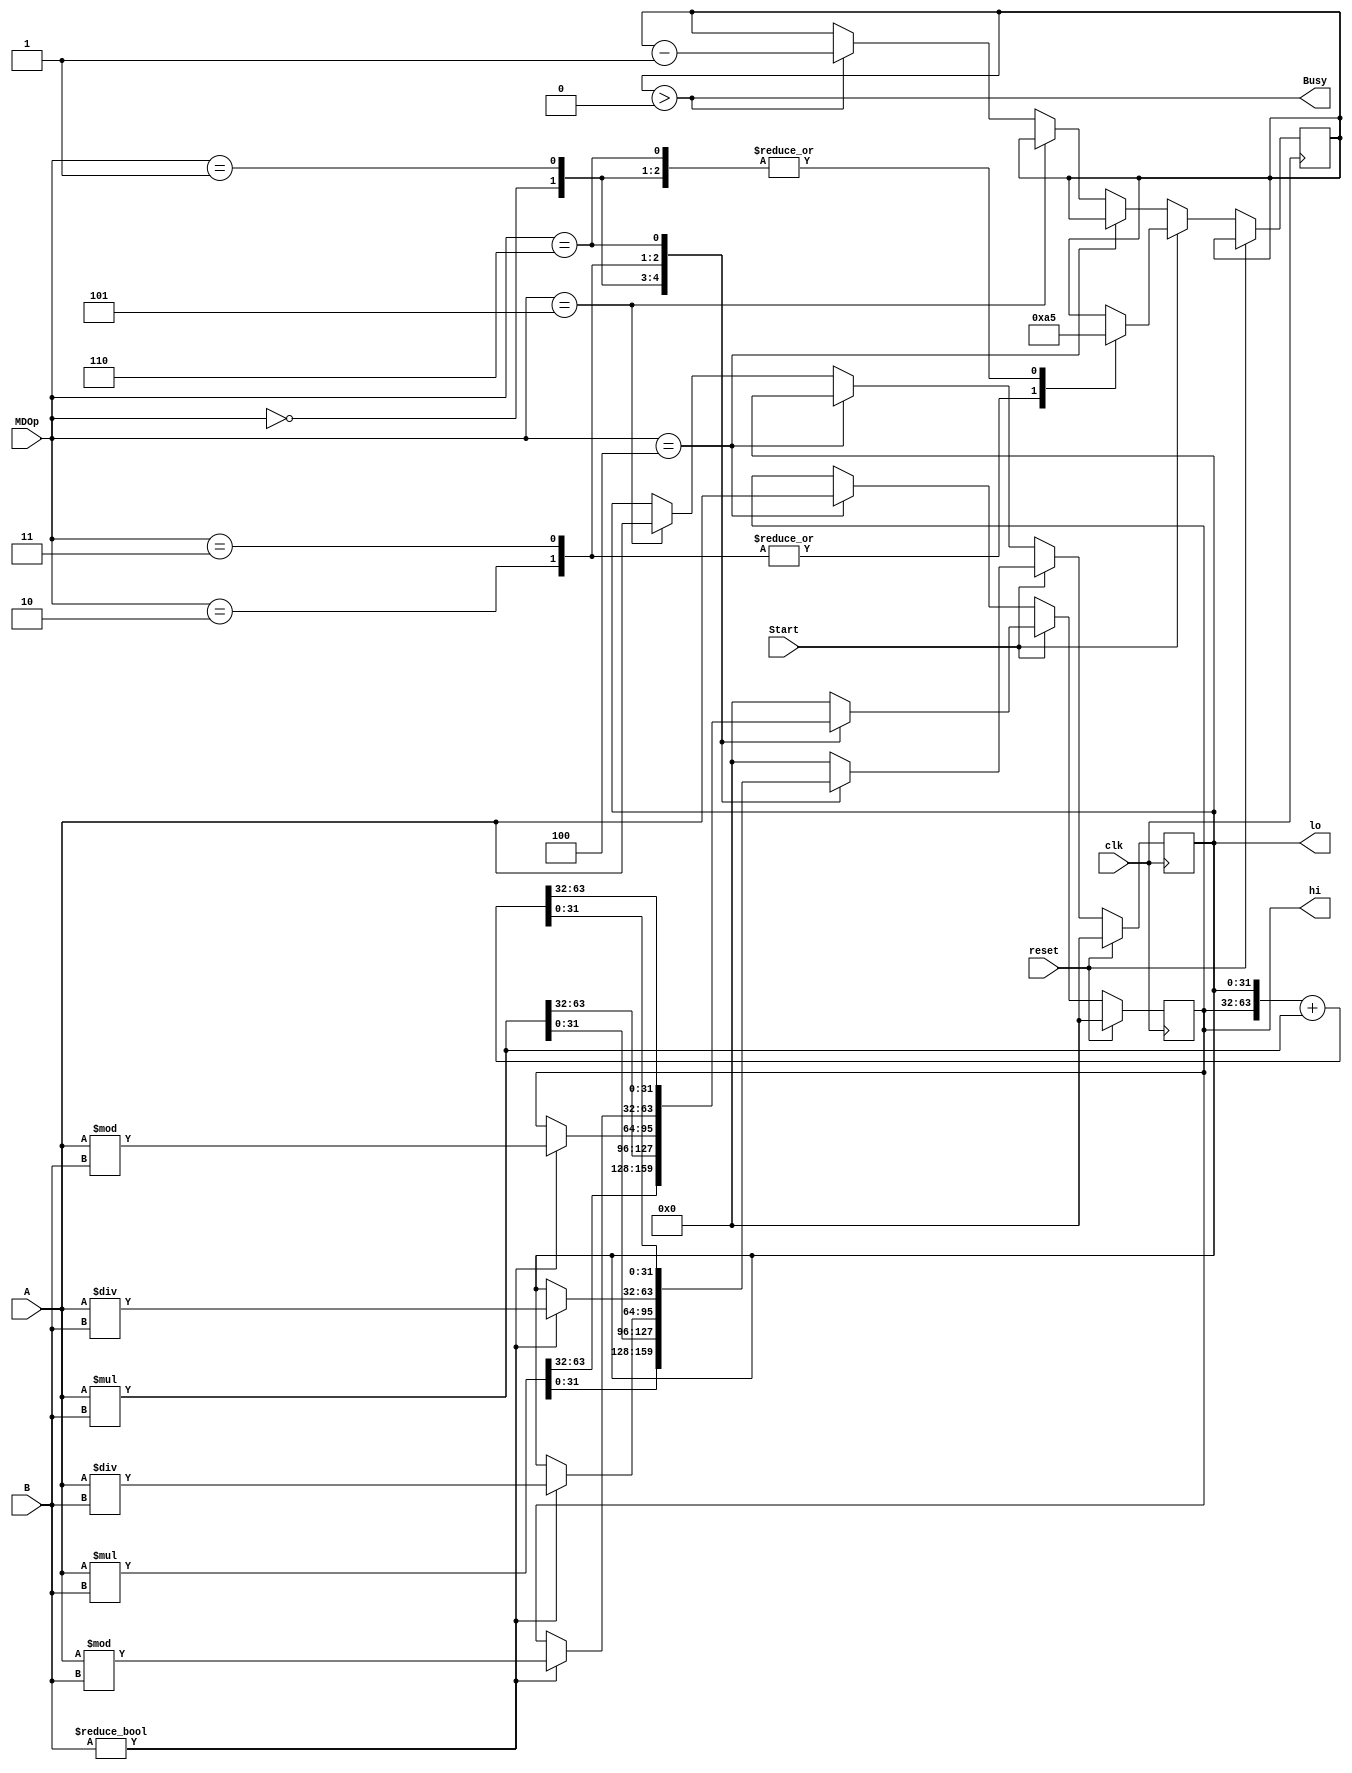
`timescale 1ns / 1ps
//////////////////////////////////////////////////////////////////////////////////
// Company: 
// Engineer: 
// 
// Design Name: 
// Module Name:    mdpart 
// Project Name: 
// Target Devices: 
// Tool versions: 
// Description: 
//
// Dependencies: 
//
// Revision: 
// Revision 0.01 - File Created
// Additional Comments: 
//
//////////////////////////////////////////////////////////////////////////////////
module mdpart(
	 input clk,
	 input reset,
	 input [31:0] A,
	 input [31:0] B,
	 input Start,
	 input [2:0] MDOp,
	 output Busy,
	 output reg [31:0] hi,
	 output reg [31:0] lo
    );
	 
	 reg [3:0] state;
	 
	 initial begin
		hi <=32'b0;
		lo <=32'b0;
		state <= 4'b0;
	 end
	 
	 assign Busy= state > 0;
	 
	 always @(posedge clk) begin
		if(reset) begin 
			hi <= 32'b0;
			lo <= 32'b0;
		end
		else if (Start) begin 
			case(MDOp)
				3'b000:begin
					state <= 4'd5;
					{hi,lo} <= A * B;
				end
				3'b001:begin
					state <= 4'd5;
					{hi,lo} <= $signed(A) * $signed(B);
				end
				3'b010:begin
					state <=4'd10;
					if(B!=32'b0) {hi,lo} <= {A % B,A / B};
				end
				3'b011:begin
					state <=4'd10;
					if(B!=32'b0) {hi,lo} <= {$signed(A)%$signed(B),$signed(A)/$signed(B)};
				end
				3'b110:begin
					state <=4'd5;
					{hi,lo} <= $signed({hi,lo}) + $signed(A) * $signed(B);
				end
				default: {hi,lo} <= 64'b0;
			endcase
		end
		else if (MDOp==3'b100) hi <= A;
		else if (MDOp==3'b101) lo <= A;
		else if (Busy) state <= state -4'b0001;
	 end


endmodule